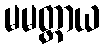
မမတ္တာယ